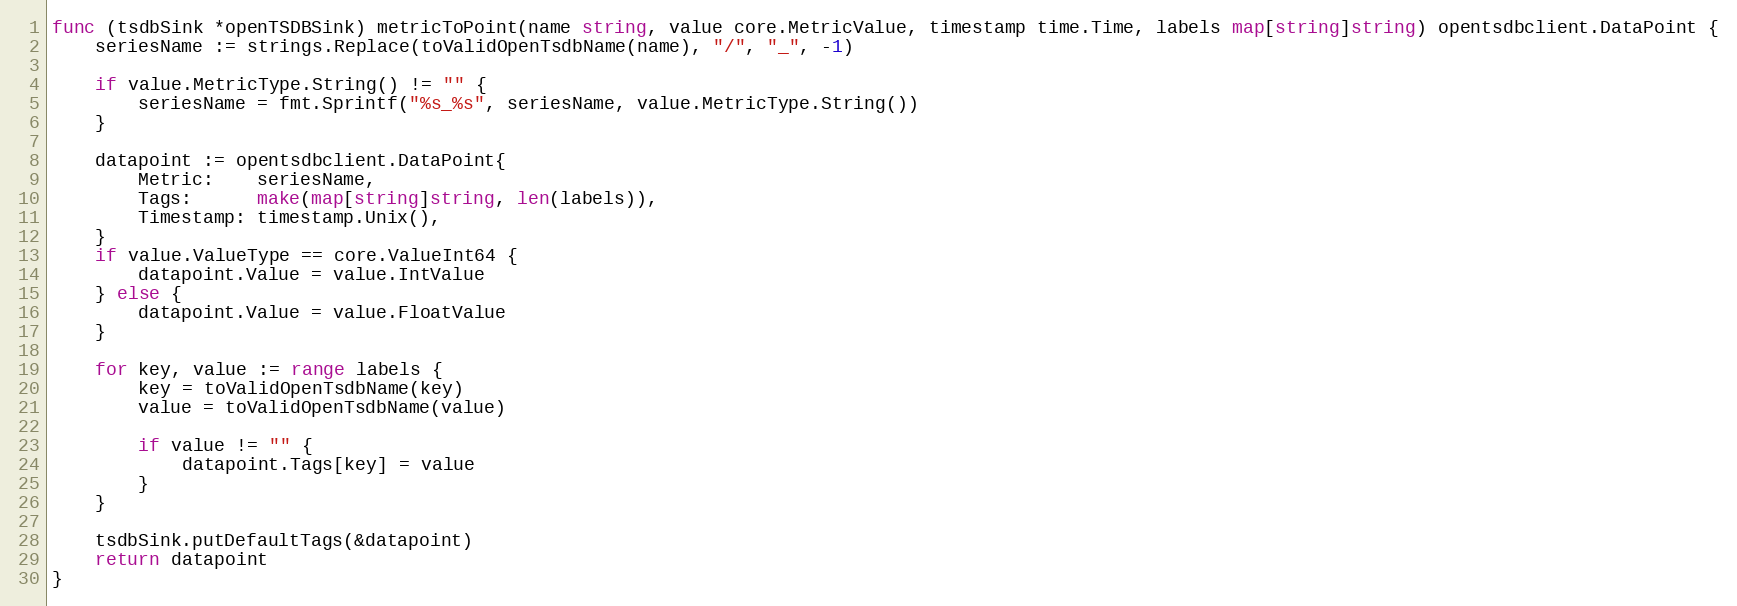
Language: Go
func (tsdbSink *openTSDBSink) metricToPoint(name string, value core.MetricValue, timestamp time.Time, labels map[string]string) opentsdbclient.DataPoint {
	seriesName := strings.Replace(toValidOpenTsdbName(name), "/", "_", -1)

	if value.MetricType.String() != "" {
		seriesName = fmt.Sprintf("%s_%s", seriesName, value.MetricType.String())
	}

	datapoint := opentsdbclient.DataPoint{
		Metric:    seriesName,
		Tags:      make(map[string]string, len(labels)),
		Timestamp: timestamp.Unix(),
	}
	if value.ValueType == core.ValueInt64 {
		datapoint.Value = value.IntValue
	} else {
		datapoint.Value = value.FloatValue
	}

	for key, value := range labels {
		key = toValidOpenTsdbName(key)
		value = toValidOpenTsdbName(value)

		if value != "" {
			datapoint.Tags[key] = value
		}
	}

	tsdbSink.putDefaultTags(&datapoint)
	return datapoint
}